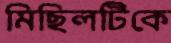
মিছিলটিকে